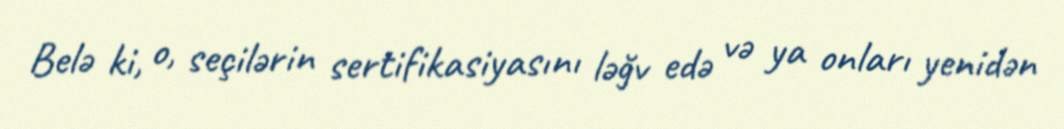
Belə ki, o, seçilərin sertifikasiyasını ləğv edə və ya onları yenidən